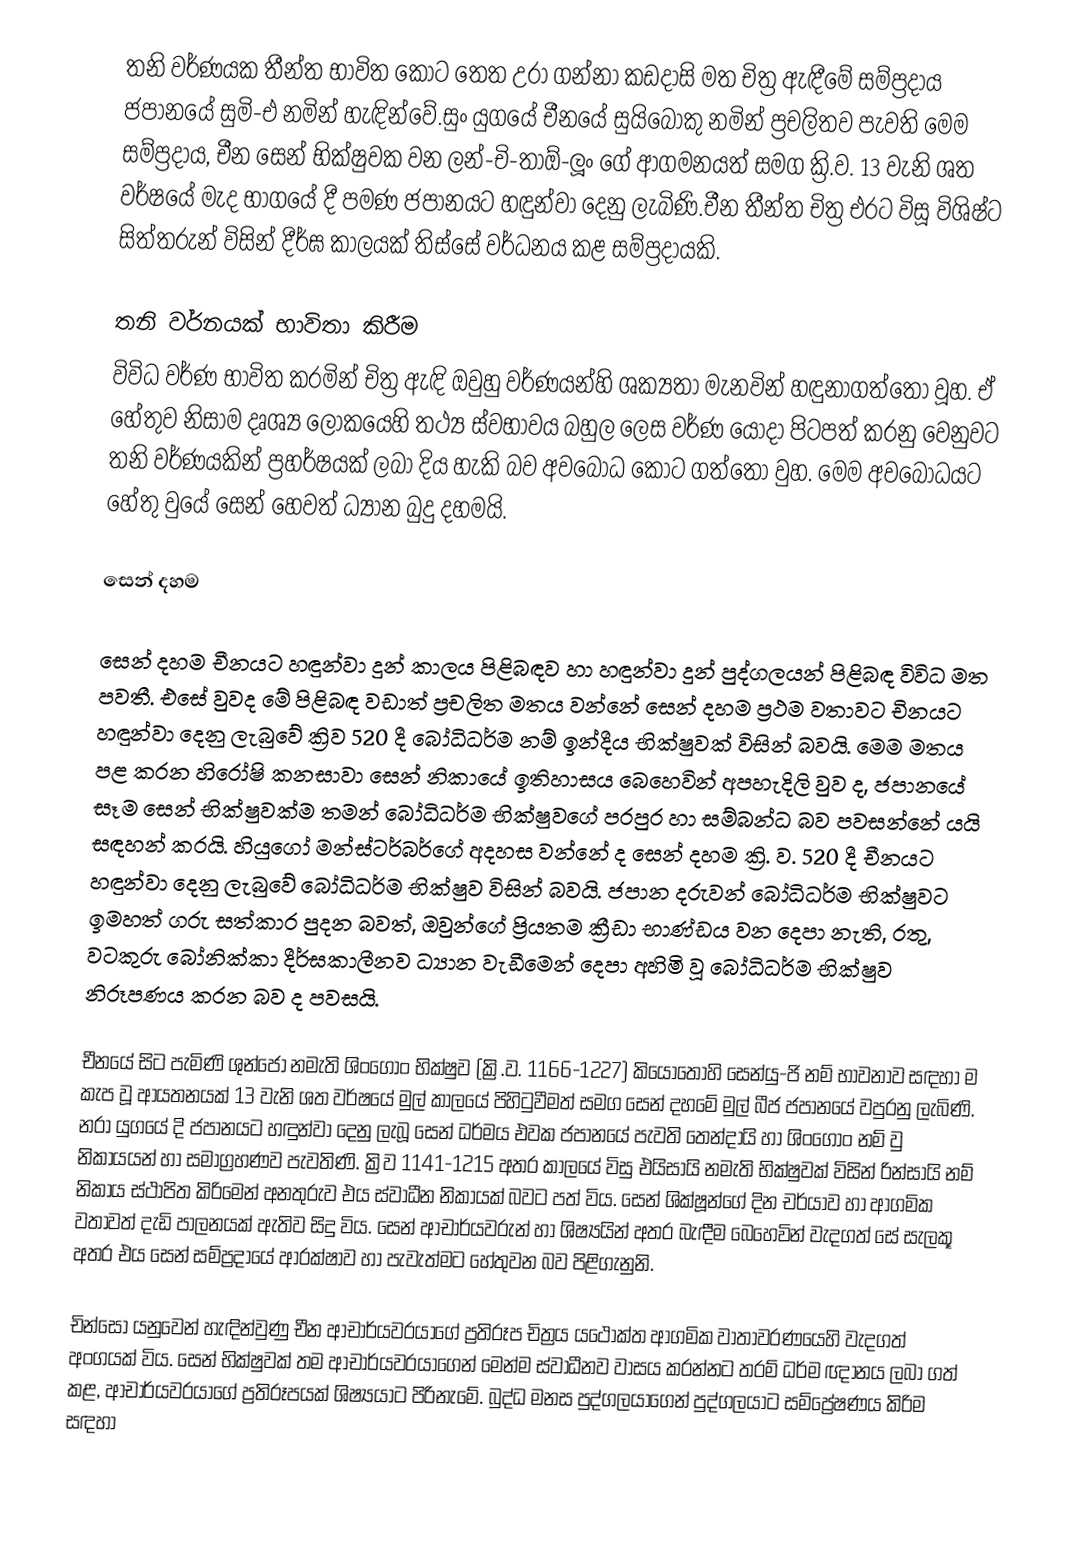
තනි වර්ණයක තීන්ත භාවිත කොට තෙත උරා ගන්නා කඩදාසි මත චිත්‍ර ඇඳීමේ සම්ප්‍රදාය ජපානයේ සුමි-එ නමින් හැඳින්වේ.සුං යුගයේ චීනයේ සුයිබොකු නමින් ප්‍රචලිතව පැවති මෙම සම්ප්‍රදාය, චීන සෙන් භික්ෂුවක වන ලන්-චි-තාඕ-ලූං ගේ ආගමනයත් සමග ක්‍රි.ව. 13 වැනි ශත වර්ෂයේ මැද භාගයේ දී පමණ ජපානයට හඳුන්වා දෙනු ලැබිණි.චීන තීන්ත චිත්‍ර එරට විසූ විශිෂ්ට සිත්තරුන් විසින් දීර්ඝ කාලයක් තිස්සේ වර්ධනය කළ සම්ප්‍රදායකි.

තනි වර්නයක් භාවිතා කිරීම
විවිධ වර්ණ භාවිත කරමින් චිත්‍ර ඇඳි ඔවුහු වර්ණයන්හි ශක්‍යතා මැනවින් හඳුනාගත්තෝ වූහ. ඒ හේතුව නිසාම දෘශ්‍ය ලෝකයෙහි තථ්‍ය ස්වභාවය බහුල ලෙස වර්ණ යොදා පිටපත් කරනු වෙනුවට තනි වර්ණයකින් ප්‍රහර්ෂයක් ලබා දිය හැකි බව අවබෝධ කොට ගත්තෝ වුහ. මෙම අවබෝධයට හේතු වුයේ සෙන් හෙවත් ධ්‍යාන බුදු දහමයි.

සෙන් දහම

සෙන් දහම චීනයට හඳුන්වා දුන් කාලය පිළිබඳව  හා හඳුන්වා දුන් පුද්ගලයන් පිළිබඳ විවිධ මත පවතී. එසේ වුවද මේ පිළිබඳ වඩාත් ප්‍රචලිත මතය වන්නේ සෙන් දහම ප්‍රථම වතාවට චිනයට හඳුන්වා දෙනු ලැබුවේ ක්‍රිව 520 දී බෝධිධර්ම නම් ඉන්දීය භික්ෂුවක් විසින් බවයි. මෙම මතය පළ කරන හිරෝෂි කනසාවා සෙන් නිකායේ ඉතිහාසය බෙහෙවින් අපහැදිලි වුව ද, ජපානයේ සෑම සෙන් භික්ෂුවක්ම තමන් බෝධිධර්ම භික්ෂුවගේ පරපුර හා සම්බන්ධ බව පවසන්නේ යයි සඳහන් කරයි. හියුගෝ මන්ස්ටර්බර්ගේ අදහස වන්නේ ද සෙන් දහම ක්‍රි. ව. 520 දී චීනයට හඳුන්වා දෙනු ලැබුවේ බෝධිධර්ම භික්ෂුව විසින් බවයි. ජපාන දරුවන් බෝධිධර්ම භික්ෂුවට ඉමහත් ගරු සත්කාර පුදන බවත්, ඔවුන්ගේ ප්‍රියතම ක්‍රීඩා භාණ්ඩය වන දෙපා නැති, රතු, වටකුරු බෝනික්කා දීර්ඝකාලීනව ධ්‍යාන වැඩීමෙන් දෙපා අහිමි වූ බෝධිධර්ම භික්ෂුව නිරූපණය කරන බව ද පවසයි.

චීනයේ සිට පැමිණි ශුන්ජෝ නමැති ශිංගොං භික්ෂුව (ක්‍රි.ව. 1166-1227) කියොතෝහි සෙන්යු-ජි නම් භාවනාව සඳහා ම කැප වූ ආයතනයක් 13 වැනි ශත වර්ෂයේ මුල් කාලයේ පිහිටුවීමත් සමග සෙන් දහමේ මුල් බීජ ජපානයේ වපුරනු ලැබිණි. නරා යුගයේ දි ජපානයට හඳුන්වා දෙනු ලැබූ සෙන් ධර්මය එවක ජපානයේ පැවති තෙන්දායි හා ශිංගොං නම් වු නිකායයන් හා සමාග්‍රහණව පැවතිණි. ක්‍රිව 1141-1215 අතර කාලයේ විසු එයිසායි නමැති භික්ෂුවක් විසින් රින්සායි නම් නිකාය ස්ථාපිත කිරිමෙන් අනතුරුව එය ස්වාධීන නිකායක් බවට පත් විය. සෙන් ශික්ෂූන්ගේ දින චර්යාව හා ආගමික වතාවත් දැඩි පාලනයක් ඇතිව සිදු විය. සෙන් ආචාර්යවරුන් හා ශිෂ්‍යයින් අතර බැඳීම බෙහෙවින් වැදගත් සේ සැලකූ අතර එය සෙන් සම්ප්‍රදායේ ආරක්ෂාව හා පැවැත්මට හේතුවන බව පිළිගැනුනි.

චින්සෝ යනුවෙන් හැඳින්වුණු චීන ආචාර්යවරයාගේ ප්‍රතිරූප චිත්‍රය යථෝක්ත ආගමික වාතාවරණයෙහි වැදගත් අංගයක් විය. සෙන් භික්ෂුවක් තම ආචාර්යවරයාගෙන් මෙන්ම ස්වාධීනව වාසය කරන්නට තරම් ධර්ම ඥානය ලබා ගත් කළ, ආචාර්යවරයාගේ ප්‍රතිරූපයක් ශිෂ්‍යයාට පිරිනැමේ. බුද්ධ මනස පුද්ගලයාගෙන් පුද්ගලයාට සම්ප්‍රේෂණය කිරිම සඳහා